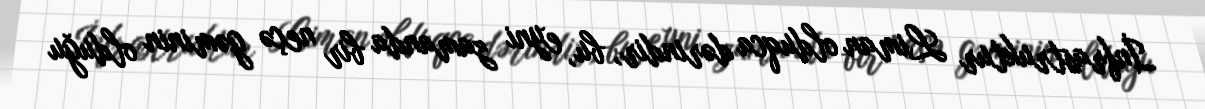
İnfrastruktur Liman olduqca dərindir, bu, eyni zamanda bir neçə gəminin olduğu